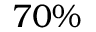
7 0 \%